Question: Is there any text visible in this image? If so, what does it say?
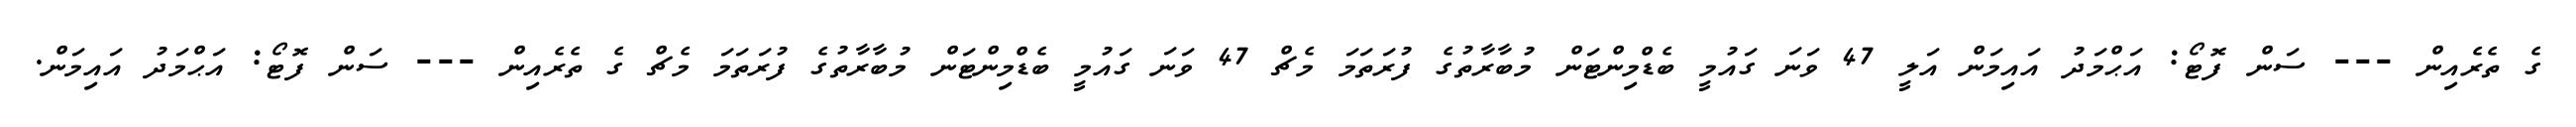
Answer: ގެ ތެރެއިން --- ސަން ފޮޓޯ: އަޙްމަދު އައިމަން އަލީ 47 ވަނަ ގައުމީ ބެޑްމިންޓަން މުބާރާތުގެ ފުރަތަމަ މެޗް 47 ވަނަ ގައުމީ ބެޑްމިންޓަން މުބާރާތުގެ ފުރަތަމަ މެޗް ގެ ތެރެއިން --- ސަން ފޮޓޯ: އަޙްމަދު އައިމަން.